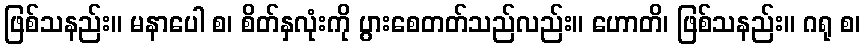
ဖြစ်သနည်း။ မနာပေါ စ၊ စိတ်နှလုံးကို ပွားစေတတ်သည်လည်း။ ဟောတိ၊ ဖြစ်သနည်း။ ဂရု စ၊